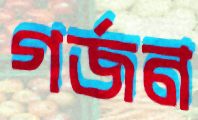
গর্জন